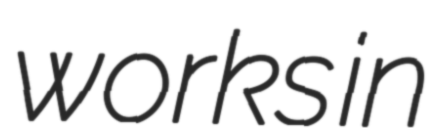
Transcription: works in